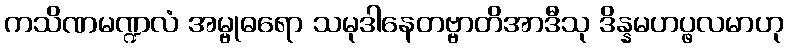
ကသိဏမဏ္ဍလံ အမ္ဗုဓရော သမုဒါနေတဗ္ဗာတိအာဒီသု ဒိန္နမဟပ္ဖလမာဟု